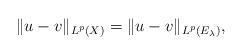
LaTeX: \begin{align*}\|u-v\|_{L^p(X)}=\|u-v\|_{L^p(E_\lambda)},\end{align*}